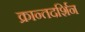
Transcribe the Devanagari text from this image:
क्रान्तदर्शिन